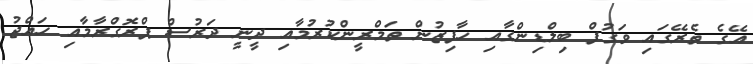
އޭގެ ތެރޭގައި ވަގުފް ބިލްޑިންގާއި ހާފިޒުން ތަމްރީންކުރުމާއި ދީނީ ދަރުސް ޕްރޮގްރާމާއި ހައްޖު